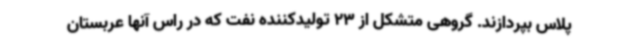
پلاس بپردازند. گروهی متشکل از 23 تولیدکننده نفت که در راس آنها عربستان